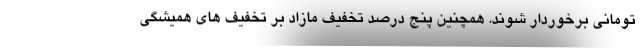
تومانی برخوردار شوند. همچنین پنج درصد تخفیف مازاد بر تخفیف های همیشگی